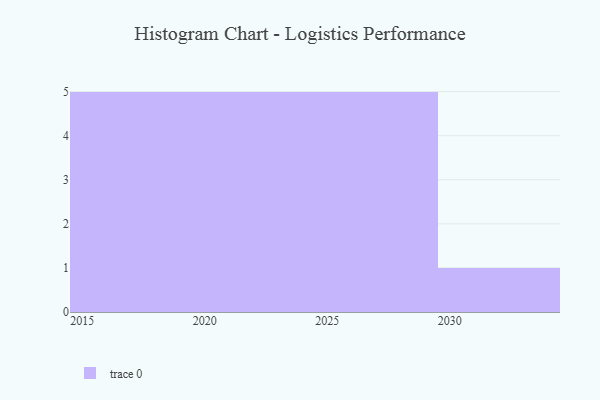
{"axis": {"x": "Year", "y": "Churn Rate (%)"}, "legend": [""], "data": [{"x": "2024", "y": 11, "type": ""}, {"x": "2025", "y": 3, "type": ""}, {"x": "2022", "y": 56, "type": ""}, {"x": "2026", "y": 41, "type": ""}, {"x": "2019", "y": 37, "type": ""}, {"x": "2020", "y": 40, "type": ""}, {"x": "2029", "y": 29, "type": ""}, {"x": "2015", "y": 14, "type": ""}, {"x": "2027", "y": 88, "type": ""}, {"x": "2021", "y": 49, "type": ""}, {"x": "2018", "y": 43, "type": ""}, {"x": "2016", "y": 64, "type": ""}, {"x": "2023", "y": 6, "type": ""}, {"x": "2030", "y": 39, "type": ""}, {"x": "2017", "y": 98, "type": ""}, {"x": "2028", "y": 33, "type": ""}]}